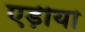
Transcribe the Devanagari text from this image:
एड़ीयां